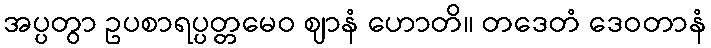
အပ္ပတွာ ဥပစာရပ္ပတ္တမေဝ ဈာနံ ဟောတိ။ တဒေတံ ဒေဝတာနံ